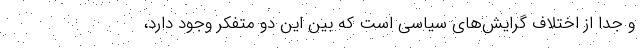
و جدا از اختلاف گرایش‌های سیاسی است که بین این دو متفکر وجود دارد،